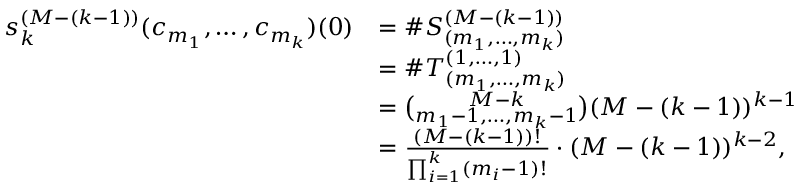
\begin{array} { r l } { s _ { k } ^ { ( M - ( k - 1 ) ) } ( c _ { m _ { 1 } } , \dots , c _ { m _ { k } } ) ( 0 ) } & { = \# S _ { ( m _ { 1 } , \dots , m _ { k } ) } ^ { ( M - ( k - 1 ) ) } } \\ & { = \# T _ { ( m _ { 1 } , \dots , m _ { k } ) } ^ { ( 1 , \dots , 1 ) } } \\ & { = \binom { M - k } { m _ { 1 } - 1 , \dots , m _ { k } - 1 } ( M - ( k - 1 ) ) ^ { k - 1 } } \\ & { = \frac { ( M - ( k - 1 ) ) ! } { \prod _ { i = 1 } ^ { k } ( m _ { i } - 1 ) ! } \cdot ( M - ( k - 1 ) ) ^ { k - 2 } , } \end{array}